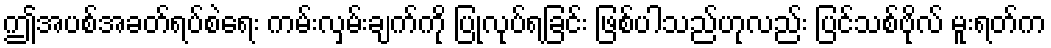
ဤအပစ်အခတ်ရပ်စဲရေး ကမ်းလှမ်းချက်ကို ပြုလုပ်ရခြင်း ဖြစ်ပါသည်ဟုလည်း ပြင်သစ်ဗိုလ် မူးရတ်က